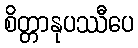
စိတ္တာနုပဿီပေ